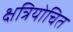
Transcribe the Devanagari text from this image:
क्षत्रियोचित